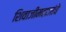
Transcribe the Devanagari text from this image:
शिवाजीमहाजांचे